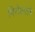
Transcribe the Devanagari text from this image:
विरोधातले